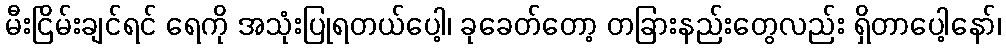
မီးငြိမ်းချင်ရင် ရေကို အသုံးပြုရတယ်ပေါ့၊ ခုခေတ်တော့ တခြားနည်းတွေလည်း ရှိတာပေါ့နော်၊